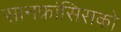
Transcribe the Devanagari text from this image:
सानफ्रांसिसको